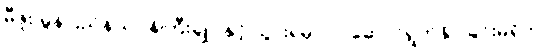
မီဇူး မွန်ပြည်နယ်ဝန်ကြီးချုပ်နှင့် သွားရမှာလဲ ဆောင်ရွက်နိုင်ခြင်းမရှိဘဲ